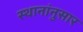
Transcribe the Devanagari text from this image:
स्थानांनुसार